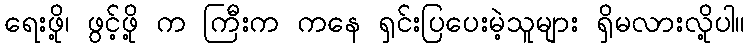
ရေးဖို့၊ ဖွင့်ဖို့ က ကြီးက ကနေ ရှင်းပြပေးမဲ့သူများ ရှိမလားလို့ပါ။